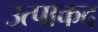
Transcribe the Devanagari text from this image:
उत्पाकद